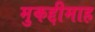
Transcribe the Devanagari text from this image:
मुकद्दीमाह